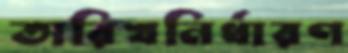
তারিখনির্ধারণ